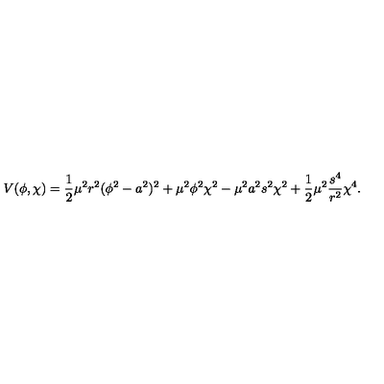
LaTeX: V ( \phi , \chi ) = \frac { 1 } { 2 } \mu ^ { 2 } r ^ { 2 } ( \phi ^ { 2 } - a ^ { 2 } ) ^ { 2 } + \mu ^ { 2 } \phi ^ { 2 } \chi ^ { 2 } - \mu ^ { 2 } a ^ { 2 } s ^ { 2 } \chi ^ { 2 } + \frac { 1 } { 2 } \mu ^ { 2 } \frac { s ^ { 4 } } { r ^ { 2 } } \chi ^ { 4 } .